Memorandum on the prevention of leprosy by segregation of the affected
Disease focus: Leprosy
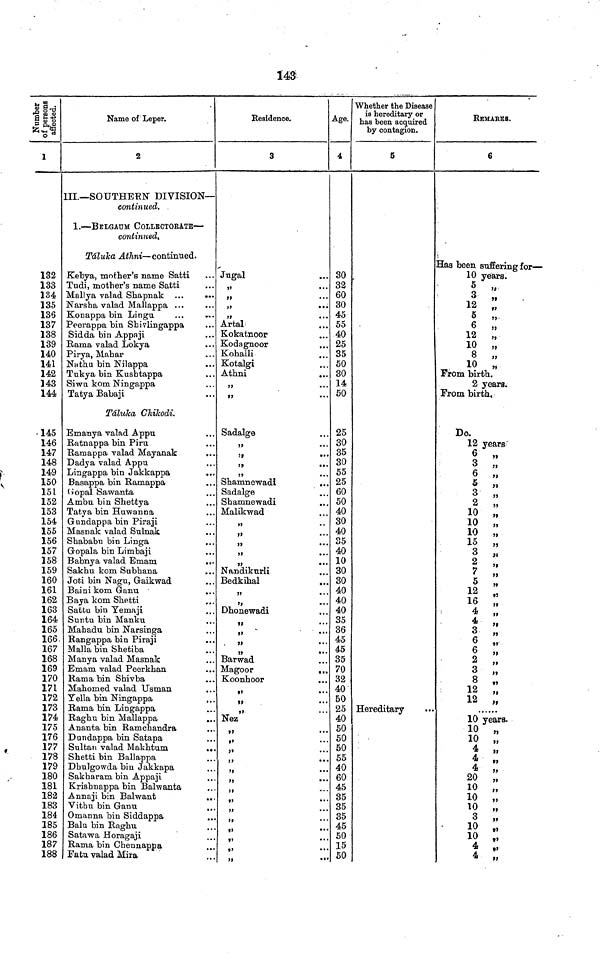
143
Number of persons affected.
1
132
133
134
135
136
137
138
139
140
141
142
343
144
145
146
147
148
149
150
151
152
153
154
155
156
157
158
159
160
161
162
163
164
165
166.
167
168
169
170
171
172
173
174
175
176
177
178
179
180
181
182
183
184
185
186
187
188
Name of Leper.
2
III.—SOUTHERN DIVISION—
continued.
1.—BELGAUM COLLECTORATE—
continued.
Táluka Athni—continued.
Kebya, mother's name Satti
Tudi, mother's name Satti
Mallya valad Shapnak ...
.
Narsha valad Mallappa ...
Konappa bin Lingu
Peerappa bin Shivlingappa
Sidda bin Appaji
Rama valad Lokya
Pirya, Mahar
Nathu bin Nilappa
Tukya bin Kushtappa
Siwu kom Ningappa
Tatya Babaji
..
••
..
..
..
..
..
••
Táluka Chikodi.
Emanya valad Appu
Ratnappa bin Piru
Ramappa valad Mayanak
Dadya valad Appu
Lingappa bin Jakkappa
...
Basappa bin Ramappa
Gopal Sawanta
Ambu bin Shettya
Tatya bin Huwanna
Gundappa bin Piraji
Masnak valad Sulnak
Shababu bin Linga
Gopala bin Limbaji
Babnya valad
Emam
...
Sakhu kom Subhana
Joti bin Nagu, Gaikwad
Baini kom Ganu
Baya kom Shetti
...
Sattu bin Yemaji
Suntu bin Manku
Mahadu bin Narsinga
Rangappa bin Piraji
Malla bin Shetiba
Manya valad Masnak
Emam valad Peerkhan
Rama bin Shivba
Mahomed valad Usman
Yella bin Ningappa
Rama bin Lingappa
Raghu bin Mallappa
Ananta bin Ram chandra
Dundappa bin Satapa
Sultan valad Makhtum
...
Shetti bin Ballappa
Dhulgowda bin Jakkapa
Sakharam bin Appaji
Krishnappa bin Balwanta
Annaji bin Balwant
...
Vithu bin Ganu
Omanna bin Siddappa
Balu bin Raghu
Satawa Horagaji
Rama bin Chennappa
Fatu valad Mira
..
Residence.
3
Jugal
„
„
„
it
...
Artal
Kokatnoor
Kodagnoor
Kohalli
Kotalgi
Athni
...
5)
...
Sadalge
„
„
„
„
Shamnewadi
...
Sadalge
Shamnewadi
...
Malikwad
„
„
„
„
„
Nandikurli
Bedkihal
...
„
„
Dhonewadi
„
„
Barwad
Magoor
...
Koonhoor
„
ft
...
„
Nez
„
„
Age.
4
30
32
60
30
45
55
40
25
35
50
30
14
50
25
30
35
30
55
25
60
50
40
30
40
35
40
10
30
30
40
40
40
35
36
45
45
35
70
32
40
50
25
40
50
50
50
55
40
60
45
35
35
35
45
50
15
50
Whether the Disease
is hereditary or
has been acquired
by contagion.
5
Hereditary
REMARKS.
6
Has been suffering for—
10 years.
5 „
3 ,,
12 ,,
5 ,,
6 ,,
12 „
10 „
8 „
10 „
From birth.
2 years.
From birth.
Do.
12 years
3 »
6 ,,
5 ,,
3 „
2 „
10 „
10 „
10 „
15 „
3 ,,
2 ,,
5 ,,
12 ,,
16
4 ,,
3 ,,
6 ,,
6 ,,
2 ,,
3 „
8 „
12 „
12 „
10 years.
10
„
10 „
4 ,,
4 „
4 ,,
20 „
10 „
10 „
10 „
3 „
10 „
10 „
4 ,,